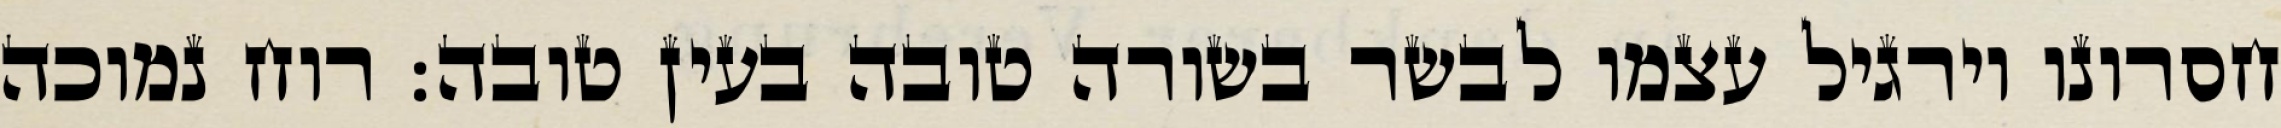
חסרונו וירגיל עצמו לבשר בשורה טובה בעין טובה: רוח נמוכה